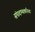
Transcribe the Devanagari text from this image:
संपादण्याकरिता